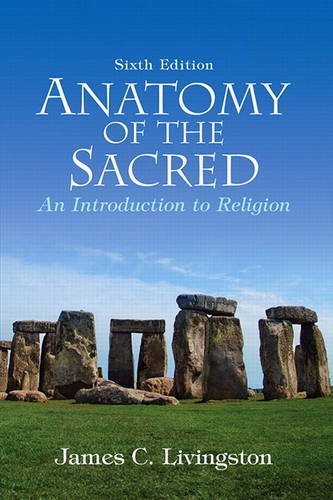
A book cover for Anatomy of the Sacred: An Introduction to Religion (6th Edition); James C. Livingston Emeritus; Religion & Spirituality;